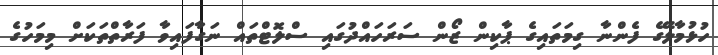
ހުޅުމާލޭގެ ފެންނާ ގިމަތައިގެ ޕާކިން ޒޯން ސަރަހައްދުގައި ސްލޮޓްތައް ނަގާފައިވާ ފަރާތްތަކަށް މިމަހުގެ